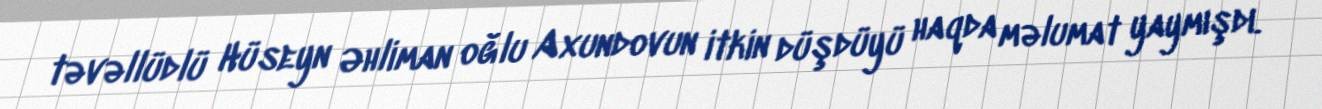
təvəllüdlü Hüseyn Əhliman oğlu Axundovun itkin düşdüyü haqda məlumat yaymışdı.